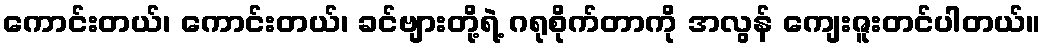
ကောင်းတယ်၊ ကောင်းတယ်၊ ခင်ဗျားတို့ရဲ့ ဂရုစိုက်တာကို အလွန် ကျေးဇူးတင်ပါတယ်။